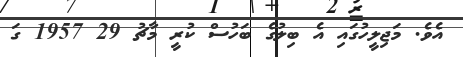
އެވެ. މަޖިލީހުގައި އެ ބިލުގެ ބަހުސް ކުރީ މާޗު 29 1957 ގަ